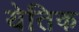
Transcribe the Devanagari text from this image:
येतिक